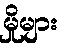
မှိုများ